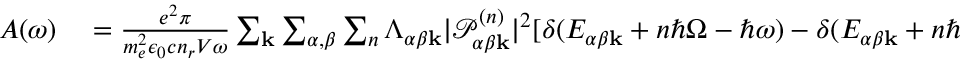
\begin{array} { r l } { A ( \omega ) } & { { } = \frac { e ^ { 2 } \pi } { m _ { e } ^ { 2 } \epsilon _ { 0 } c n _ { r } V \omega } \sum _ { \mathbf { k } } \sum _ { \alpha , \beta } \sum _ { n } \Lambda _ { \alpha \beta \mathbf { k } } | \mathcal { P } _ { \alpha \beta \mathbf { k } } ^ { ( n ) } | ^ { 2 } [ \delta ( E _ { \alpha \beta \mathbf { k } } + n \hbar \Omega - \hbar \omega ) - \delta ( E _ { \alpha \beta \mathbf { k } } + n \hbar \Omega + \hbar \omega ) ] . } \end{array}